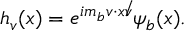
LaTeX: h _ { v } ( x ) = e ^ { i m _ { b } v \cdot x \not v } \psi _ { b } ( x ) .